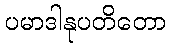
ပမာဒါနုပတိတော